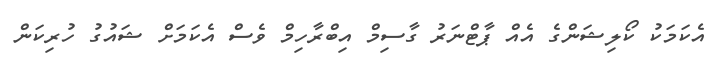
އެކަމަކު ކޯލިޝަންގެ އެއް ޕާޓްނަރު ގާސިމް އިބްރާހިމް ވެސް އެކަމަށް ޝައުގު ހުރިކަން